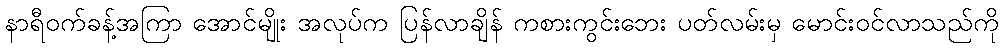
နာရီဝက်ခန့်အကြာ အောင်မျိုး အလုပ်က ပြန်လာချိန် ကစားကွင်းဘေး ပတ်လမ်းမှ မောင်းဝင်လာသည်ကို